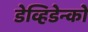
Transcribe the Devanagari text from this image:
डेव्हिडेन्को